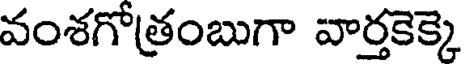
వంశగోత్రంబుగా వార్తకెక్కె